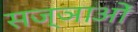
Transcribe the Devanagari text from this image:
सज्ञाओं